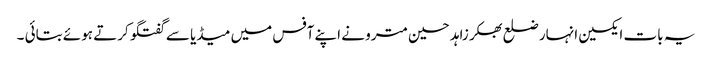
یہ بات ایکسین انہار ضلع بھکر زاہد حسین مترو نے اپنے آفس میں میڈیا سے گفتگو کرتے ہوئے بتائی ۔